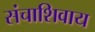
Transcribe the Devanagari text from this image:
संचाशिवाय